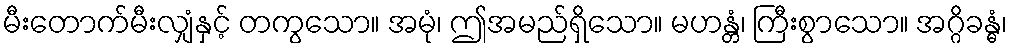
မီးတောက်မီးလျှံနှင့် တကွသော။ အမုံ၊ ဤအမည်ရှိသော။ မဟန္တံ၊ ကြီးစွာသော။ အဂ္ဂိခန္ဓံ၊